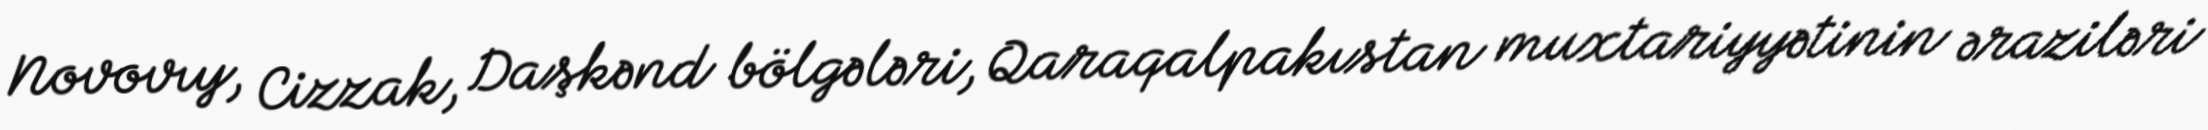
Novovıy, Cizzak, Daşkənd bölgələri, Qaraqalpakıstan muxtariyyətinin əraziləri